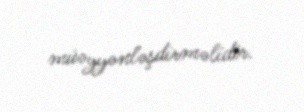
müəyyənləşdirməlidir.